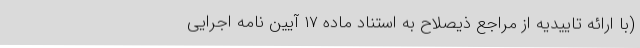
(با ارائه تاییدیه از مراجع ذیصلاح به استناد ماده ۱۷ آیین نامه اجرایی